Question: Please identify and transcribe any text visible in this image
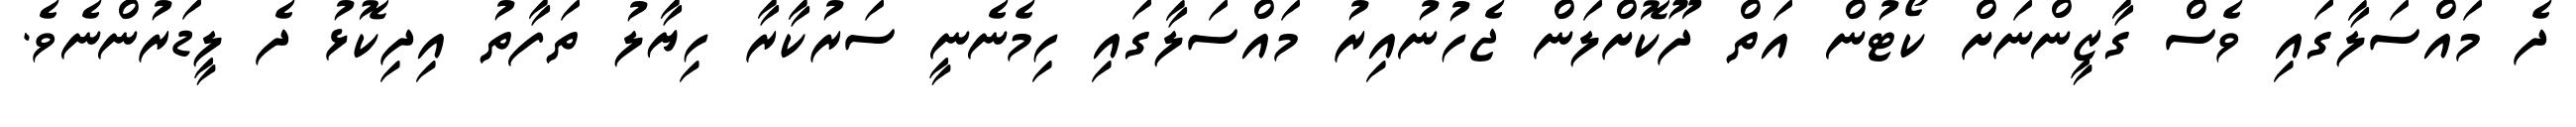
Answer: ދެ މައްސަލާގައި ވެސް ގާޒީންނަށް ކޯޓުން އަތް ދޫކޮށްލަން ޖެހުނުއިރު މައްސަލާގައި ހިމެނެނީ ސަރުކާރާ ހިޔާލު ތަފާތު އިދިކޮޅު ދެ ލީޑަރުންނެވެ.